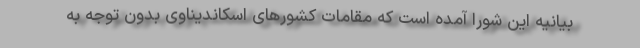
بیانیه این شورا آمده است که مقامات کشورهای اسکاندیناوی بدون توجه به